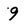
Character: 9